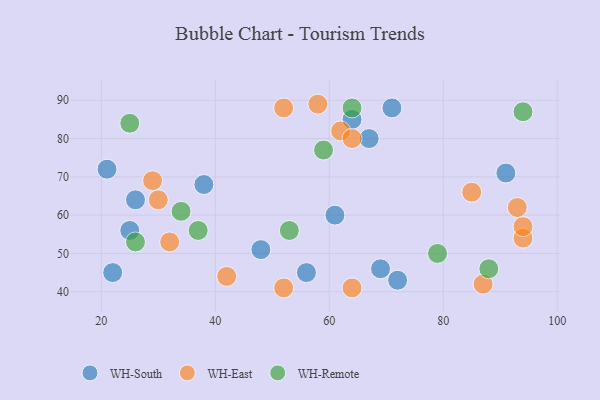
{"axis": {"x": "GDP", "y": "Life Expectancy"}, "legend": ["WH-East", "WH-Remote", "WH-South"], "data": [{"x": "25", "y": 56, "type": "WH-South"}, {"x": "71", "y": 88, "type": "WH-South"}, {"x": "48", "y": 51, "type": "WH-South"}, {"x": "72", "y": 43, "type": "WH-South"}, {"x": "22", "y": 45, "type": "WH-South"}, {"x": "38", "y": 68, "type": "WH-South"}, {"x": "26", "y": 64, "type": "WH-South"}, {"x": "21", "y": 72, "type": "WH-South"}, {"x": "91", "y": 71, "type": "WH-South"}, {"x": "69", "y": 46, "type": "WH-South"}, {"x": "64", "y": 85, "type": "WH-South"}, {"x": "67", "y": 80, "type": "WH-South"}, {"x": "56", "y": 45, "type": "WH-South"}, {"x": "61", "y": 60, "type": "WH-South"}, {"x": "62", "y": 82, "type": "WH-East"}, {"x": "64", "y": 80, "type": "WH-East"}, {"x": "64", "y": 41, "type": "WH-East"}, {"x": "94", "y": 54, "type": "WH-East"}, {"x": "58", "y": 89, "type": "WH-East"}, {"x": "52", "y": 41, "type": "WH-East"}, {"x": "94", "y": 57, "type": "WH-East"}, {"x": "32", "y": 53, "type": "WH-East"}, {"x": "29", "y": 69, "type": "WH-East"}, {"x": "87", "y": 42, "type": "WH-East"}, {"x": "52", "y": 88, "type": "WH-East"}, {"x": "42", "y": 44, "type": "WH-East"}, {"x": "93", "y": 62, "type": "WH-East"}, {"x": "30", "y": 64, "type": "WH-East"}, {"x": "85", "y": 66, "type": "WH-East"}, {"x": "25", "y": 84, "type": "WH-Remote"}, {"x": "53", "y": 56, "type": "WH-Remote"}, {"x": "59", "y": 77, "type": "WH-Remote"}, {"x": "79", "y": 50, "type": "WH-Remote"}, {"x": "37", "y": 56, "type": "WH-Remote"}, {"x": "64", "y": 88, "type": "WH-Remote"}, {"x": "94", "y": 87, "type": "WH-Remote"}, {"x": "34", "y": 61, "type": "WH-Remote"}, {"x": "88", "y": 46, "type": "WH-Remote"}, {"x": "26", "y": 53, "type": "WH-Remote"}]}